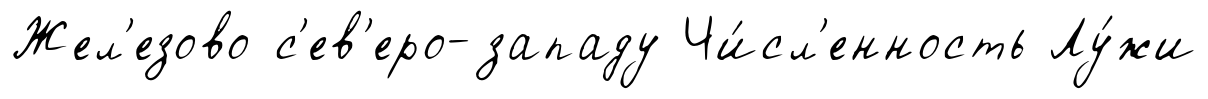
Жел'езово с'ев'еро-западу Чи́сл'енность Лу́жи